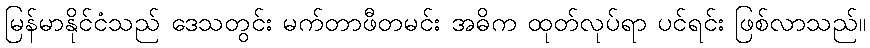
မြန်မာနိုင်ငံသည် ဒေသတွင်း မက်တာဖီတမင်း အဓိက ထုတ်လုပ်ရာ ပင်ရင်း ဖြစ်လာသည်။